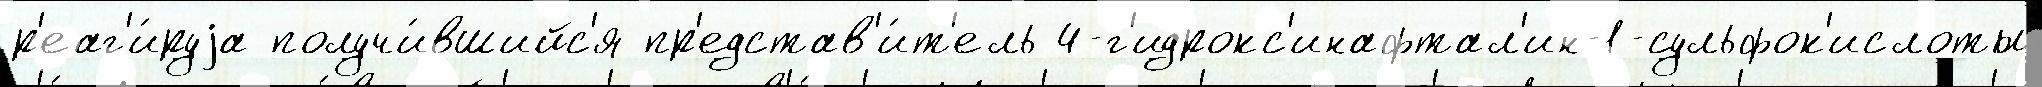
р'еаг'и́руjа получи́вшийс'я пр'едстав'и́т'ель 4-г'идрокс'инафтал'ин-1-сульфок'ислоты